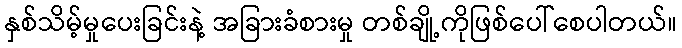
နှစ်သိမ့်မှုပေးခြင်းနဲ့ အခြားခံစားမှု တစ်ချို့ကိုဖြစ်ပေါ်စေပါတယ်။